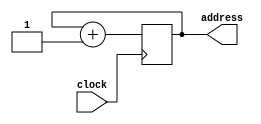
module programCounter(clock,address);
input clock;
output reg [7:0] address = 8'b00000000;
always@(posedge clock)
begin
address<=address + 8'b00000001;
end

endmodule